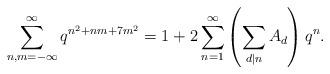
LaTeX: \begin{align*}\sum^{\infty}_{n,m=-\infty}q^{n^2+nm+7m^2}=1+2\sum^{\infty}_{n=1}\left(\sum_{d|n}A_d\right)q^n.\end{align*}